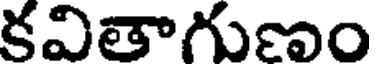
కవితాగుణం